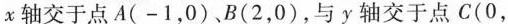
x轴交于点A(-1，0)B(2，0)，与y轴交于点C(0，